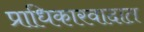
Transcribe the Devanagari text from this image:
प्राधिकारवादात